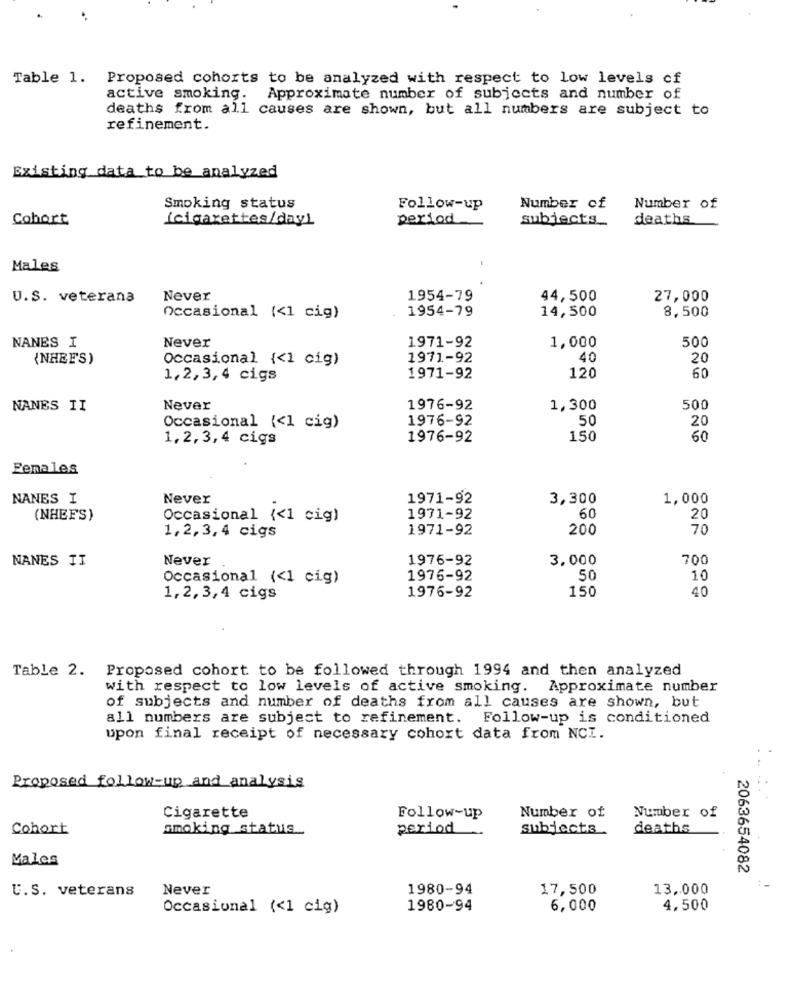
Table 1. Proposed cohorts to be analyzed with respect to low levels of
active smoking. Approximate number of subjects and number of
deaths from all causes are shown, but all numbers are subject to
refinement.
Existing data to be analyzed
Smoking status
Follow-up
Number of
Number of
Cohort
(cigarettes/day)
period
subjects
deaths
Males
U.S. veterana
Never
1954-79
44,500
27,000
1954-79
14,500
8,500
Occasional (<1 cig)
Never
NANES I
1971-92
1,000
500
{NHEF'S)
Occasional {<1 cig)
1971-92
40
20
1,2,3,4 cigs
1971-92
120
60
NANES II
Never
1976-92
1,300
500
1976-92
50
20
Occasional (<1 cig)
1,2, 3, 4 cigs
1976-92
150
60
Females
NANES I
Never
1971-92
3,300
1,000
(NHEFS)
Occasional (<1 cig)
1971-92
60
20
1,2,3, 4 cigs
1971-92
200
70
NANES TI
1976-92
3,000
700
Never .
Occasional (<1 cig)
1976-92
50
10
150
40
1,2, 3,4 cigs
1976-92
Table 2. Proposed cohort to be followed through 1994 and then analyzed
with respect to low levels of active smoking. Approximate number
of subjects and number of deaths from all causes are shown, but
all numbers are subject to refinement. Follow-up is conditioned
upon final receipt of necessary cohort data from NCI.
. ..
Proposed follow-up and analysis
Cigarette
Number of
Follow-up
Number of
Cohort
smoking status_
period
subjects
deaths
Males
2063654082
U.S. veterans
Never
1980-94
17,500
13,000
:-
Occasional (<1 cig)
1980-94
6,000
4,500